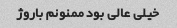
خیلی عالی بود ممنونم باروژ